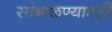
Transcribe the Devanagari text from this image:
सांभाळण्यातही